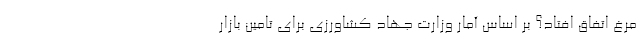
مرغ اتفاق افتاد؟ بر اساس آمار وزارت جهاد کشاورزی برای تامین بازار